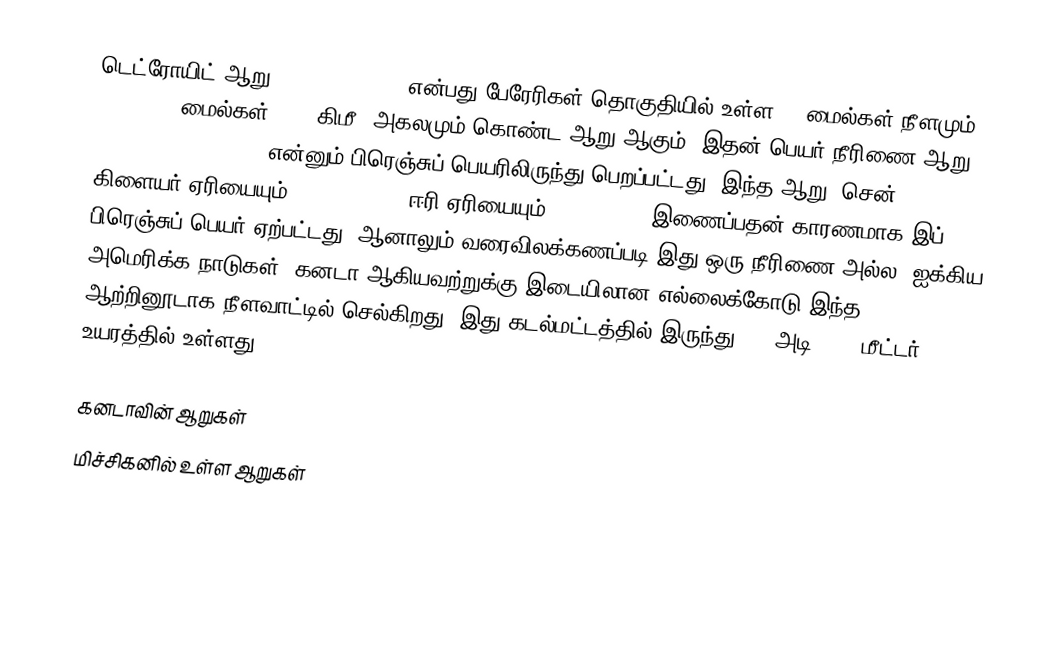
டெட்ரோயிட் ஆறு (Detroit River) என்பது பேரேரிகள் தொகுதியில் உள்ள 32 மைல்கள் நீளமும், 0.5 - 2.5 மைல்கள் (1-4 கிமீ) அகலமும் கொண்ட ஆறு ஆகும். இதன் பெயர் நீரிணை ஆறு (Rivière du Détroit) என்னும் பிரெஞ்சுப் பெயரிலிருந்து பெறப்பட்டது. இந்த ஆறு, சென். கிளையர் ஏரியையும் (St. Clair ), ஈரி ஏரியையும் (Lake Erie) இணைப்பதன் காரணமாக இப் பிரெஞ்சுப் பெயர் ஏற்பட்டது. ஆனாலும் வரைவிலக்கணப்படி இது ஒரு நீரிணை அல்ல. ஐக்கிய அமெரிக்க நாடுகள், கனடா ஆகியவற்றுக்கு இடையிலான எல்லைக்கோடு இந்த ஆற்றினூடாக நீளவாட்டில் செல்கிறது. இது கடல்மட்டத்தில் இருந்து 579 அடி (175 மீட்டர்) உயரத்தில் உள்ளது.

கனடாவின் ஆறுகள்
மிச்சிகனில் உள்ள ஆறுகள்